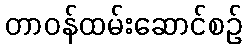
တာဝန်ထမ်းဆောင်စဉ်